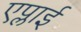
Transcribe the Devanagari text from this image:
एप्लाई